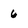
Character: 6